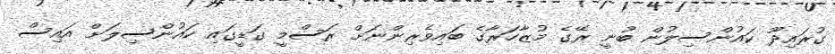
ގުރައިދޫ ކައުންސިލުން ބުނީ ރޭގެ މުޒާހަރާގެ ބައިވެރިންނަށް ރަސްމީ ގަޑީގައި ކައުންސިލަށް އައިސް